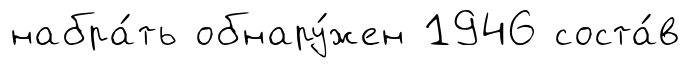
набра́ть обнару́жен 1946 соста́в